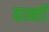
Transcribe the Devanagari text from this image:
बन्नों